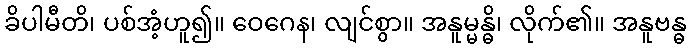
ခိပါမီတိ၊ ပစ်အံ့ဟူ၍။ ဝေဂေန၊ လျင်စွာ။ အနူမ္မန္ဓိ၊ လိုက်၏။ အနူဗန္ဓ